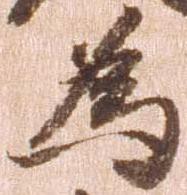
為